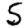
Digit: 5